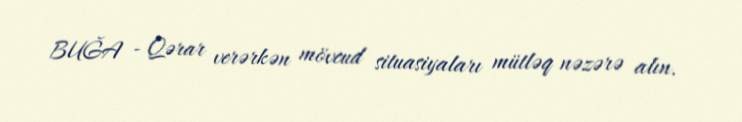
BUĞA - Qərar verərkən mövcud situasiyaları mütləq nəzərə alın.